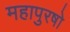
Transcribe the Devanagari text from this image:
महापुरषो